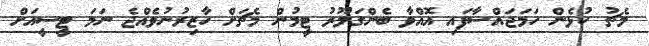
މެޗު ކުޅެން ހަމަޖައްސާފައި އޮއްވާ ބެންގަލޫރު ޓީމުން މެޗަށް ހާޒިރުނުވެއްޖެ ނަމަ ޓީސީއަށް